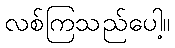
လစ်ကြသည်ပေါ့။